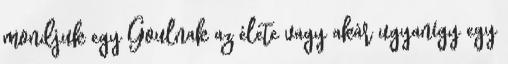
mondjuk egy Goulnak az élete vagy akár ugyanígy egy